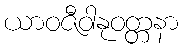
ယာဝဇီဝါနုဝတ္တနာ